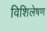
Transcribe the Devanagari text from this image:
विशिलेषण